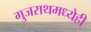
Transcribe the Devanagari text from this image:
गुजराथमध्येही